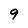
Character: 9